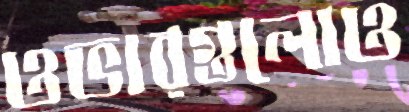
ওভারগুলোও